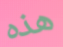
هذه